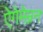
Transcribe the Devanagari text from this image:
ऐगेमेम्नन